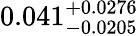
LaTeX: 0.041_{-0.0205}^{+0.0276}